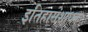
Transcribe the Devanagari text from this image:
इतिहासंशोधक